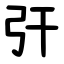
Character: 㢨